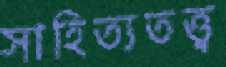
সাহিত্যতত্ত্ব